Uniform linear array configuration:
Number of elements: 64
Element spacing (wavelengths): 0.5
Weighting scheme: exponential
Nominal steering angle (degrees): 45
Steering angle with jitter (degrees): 46.972
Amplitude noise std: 0.05
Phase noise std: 0.05

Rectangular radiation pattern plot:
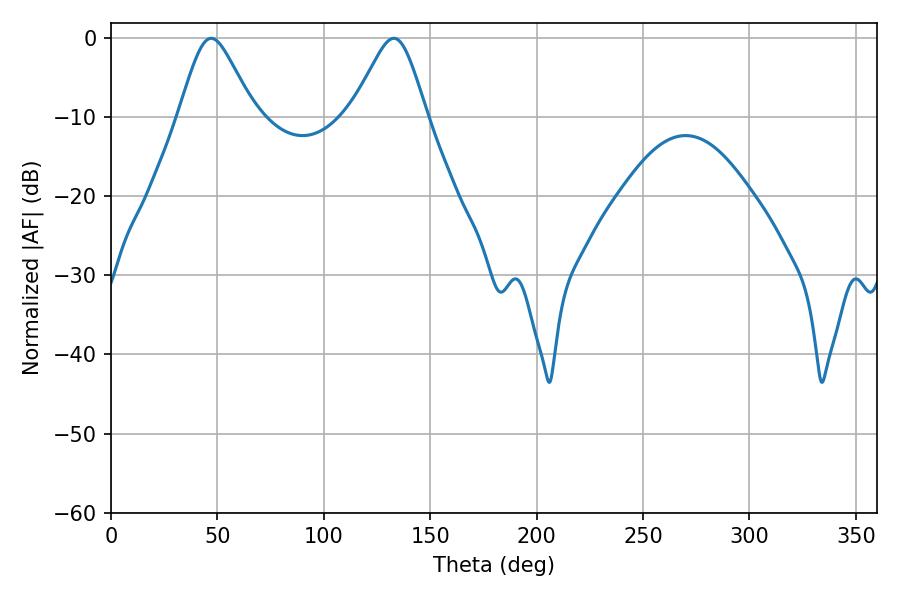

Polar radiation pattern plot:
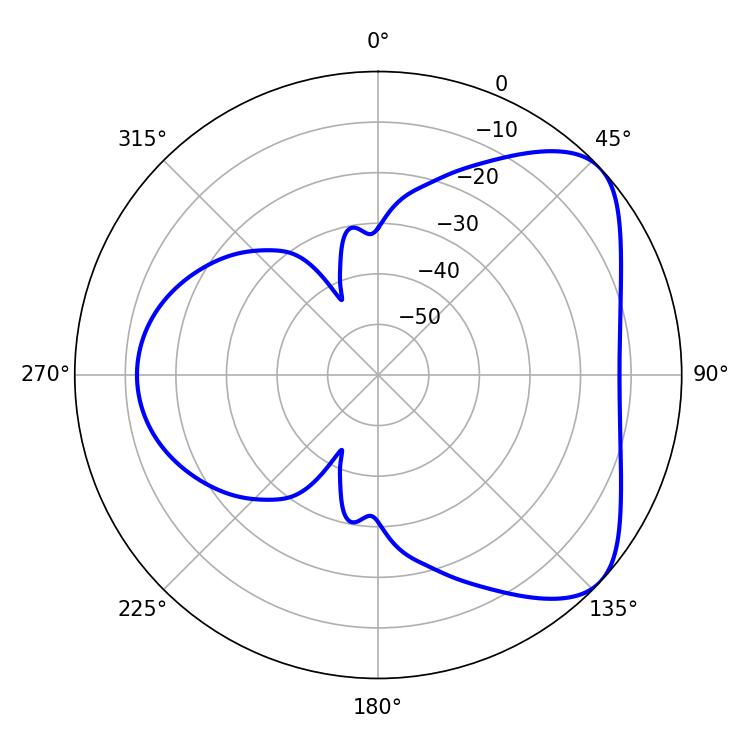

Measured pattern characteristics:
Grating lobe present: FALSE
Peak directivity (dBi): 5.784
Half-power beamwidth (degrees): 17.1
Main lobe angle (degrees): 47.16